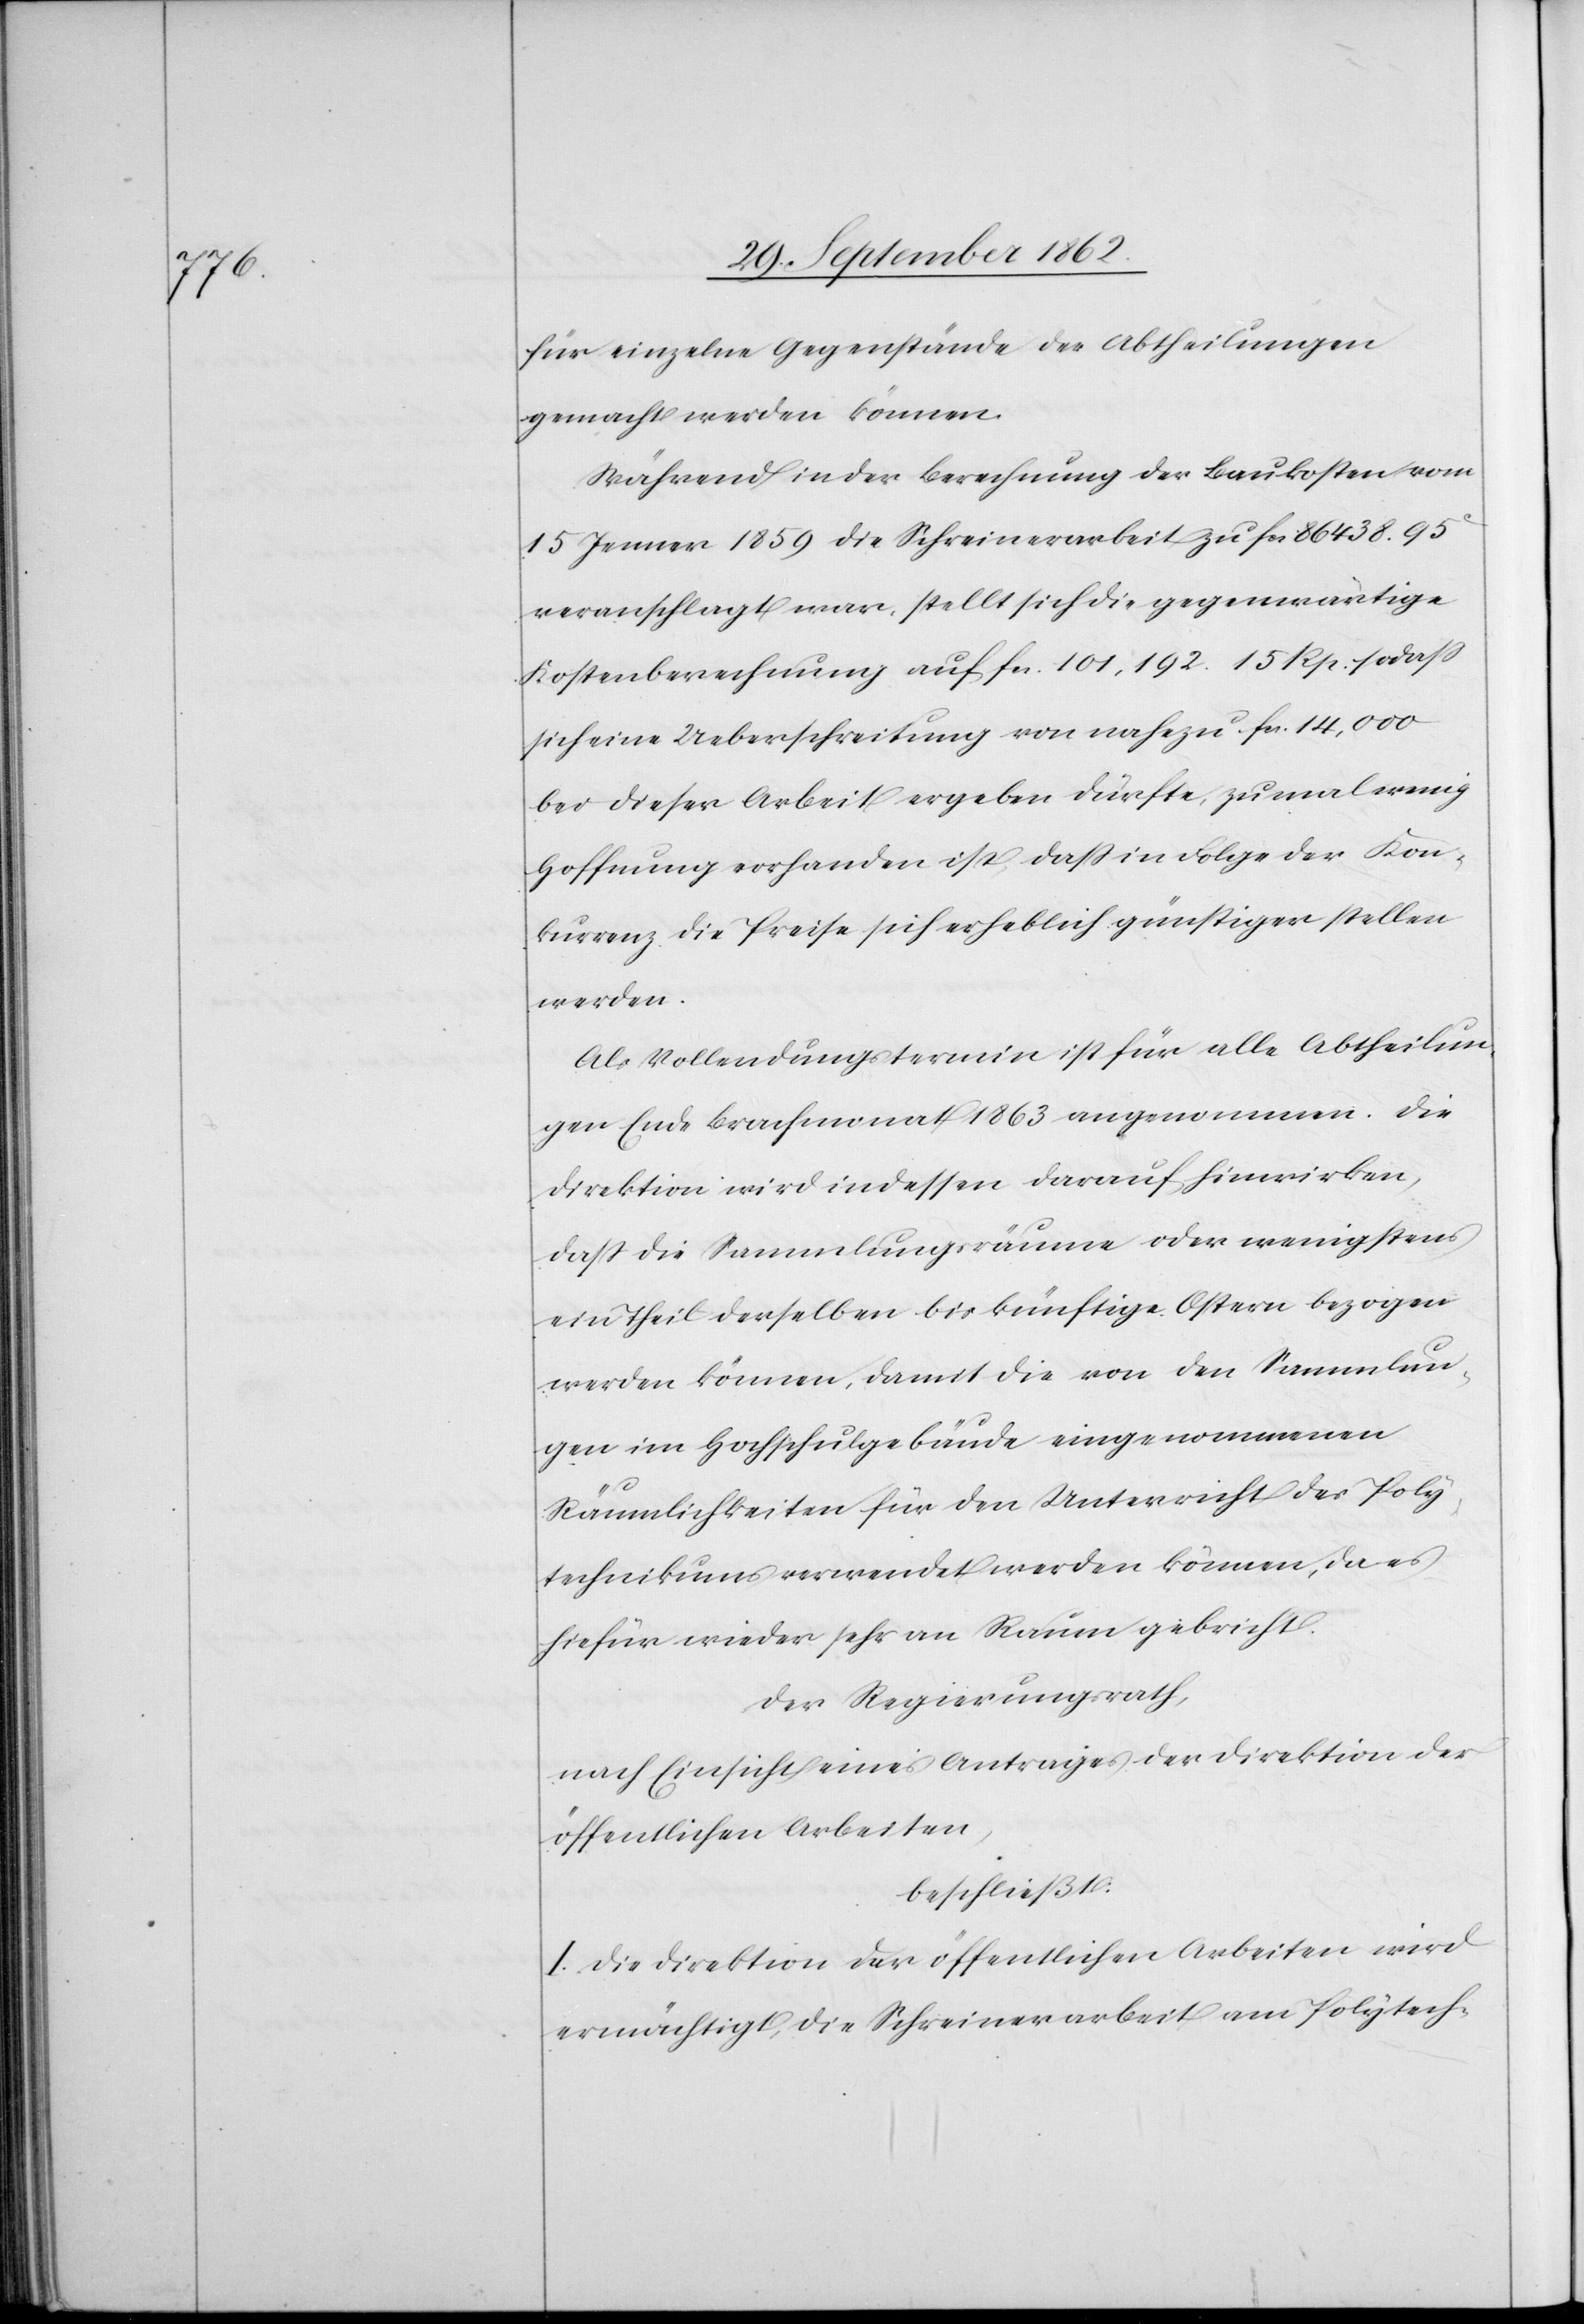
für einzelne Gegenstände der Abtheilungen
gemacht werden können.
Während in der Berechnung der Baukosten vom
15. Jenner 1859 die Schreinerarbeit zu fcs. 86 438. 95C
veranschlagt war, stellt sich die gegenwärtige
Kostenberechnung auf fcs. 101,192 15 Rp. so daß
sich eine Ueberschreitung von nahezu fcs. 14,000
bei dieser Arbeit ergeben dürfte, zumal wenig
Hoffnung vorhanden ist, daß in Folge der Kon¬
kurrenz die Preise sich erheblich günstiger stellen
werden.
Als Vollendungstermin ist für alle Abtheilun¬
gen Ende Brachmonat 1863 angenommen. Die
Direktion wird in dessen darauf hinwirken,
daß die Sammlungsräume oder wenigstens
ein Theil derselben bis künftige Ostern bezogen
werden können, damit die von den Sammlun¬
gen im Hochschulgebäude eingenommenen
Räumlichkeiten für den Unterricht des Poly¬
technikums verwendet werden können, da es
hiefür wieder sehr an Raum gebricht.
Der Regierungsrath,
nach Einsicht eines Antrages der Direktion der
öffentlichen Arbeiten,
beschließt:
I. Die Direktion der öffentlichen Arbeiten wird
ermächtigt, die Schreinerarbeit am Polytech-